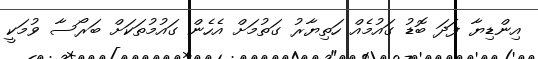
އިންޑިޔާ ފަދަ ބޮޑު ގައުމެއް ހަތިޔާރު ގަތުމަށް އެހެން ގައުމުތަކަށް ބަރޯސާ ވުމަކީ